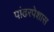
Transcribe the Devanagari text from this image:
पांढरपेशास